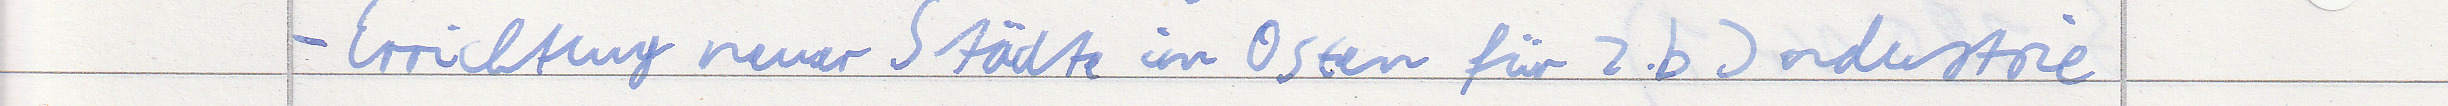
- Errichtung neuer Städte im Osten für z.b Industrie